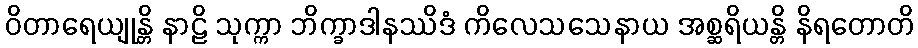
ဝိတာရေယျုန္တိ နာဠိ သုက္ကာ ဘိက္ခာဒါနဿိဒံ ကိလေသသေနာယ အစ္ဆရိယန္တိ နိရတောတိ